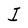
Character: I